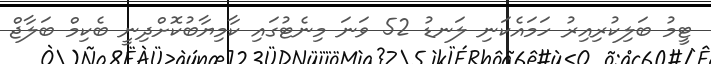
ޓީމު ބަލިކުރިއިރު ހަމައެކަނި ލަނޑު 52 ވަނަ މިނެޓުގައި ކާމިޔާބުކޮށްދިނީ ބެކިމް ބަލާޖް